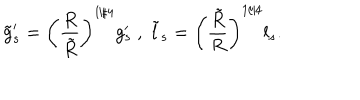
\tilde { g } _ { s } ^ { \prime } = \left( \frac { R } { \tilde { R } } \right) ^ { 1 / 4 } g _ { s } ^ { \prime } \ , \ \tilde { l } _ { s } = \left( \frac { \tilde { R } } { R } \right) ^ { 1 / 4 } l _ { s } .